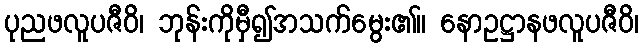
ပုညဖလူပဇီဝိ၊ ဘုန်းကိုမှီ၍အသက်မွေး၏။ နောဥဋ္ဌာနဖလူပဇီဝိ၊